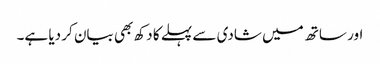
اور ساتھ میں‌ شادی سے پہلے کا دکھ بھی بیان کر دیا ہے۔